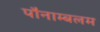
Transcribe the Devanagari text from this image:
पौनाम्बलम